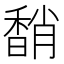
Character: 𩡈